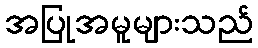
အပြုအမူများသည်